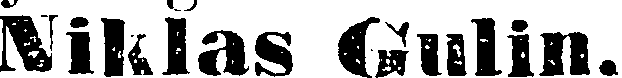
Niklas Gulin.